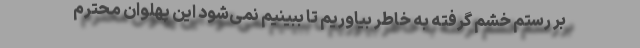
بر رستم خشم گرفته به خاطر بیاوریم تا ببینیم نمی‌شود این پهلوان محترم